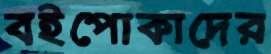
বইপোকাদের